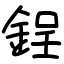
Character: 鋥